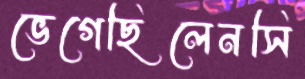
ভেগেছিলেনসি